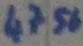
Text: 4756